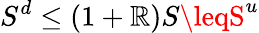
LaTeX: S^{d}\leq(1+\mathbb{R})S\leqS^{u}